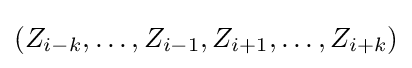
\left(Z_{i-k},\ldots ,Z_{i-1},Z_{i+1},\ldots ,Z_{i+k}\right)